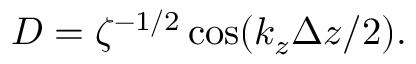
D = \zeta ^ { - 1 / 2 } \cos ( k _ { z } \Delta z / 2 ) .